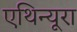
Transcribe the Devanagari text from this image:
एथिन्यूरा